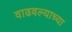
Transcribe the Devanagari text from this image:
वाढवल्याच्या